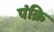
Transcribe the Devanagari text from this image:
पंक्रि